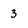
Character: 3